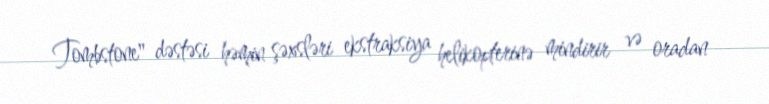
Tombstone" dəstəsi həmin şəxsləri ekstraksiya helikopterinə mindirir və oradan